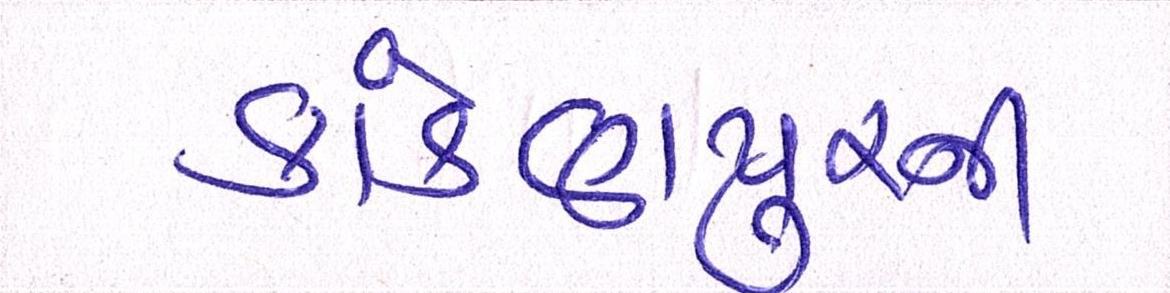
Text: કાંકણપુરની